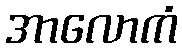
အာလောကံ